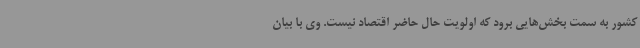
کشور به سمت بخش‌هایی برود که اولویت حال حاضر اقتصاد نیست‌. وی با بیان